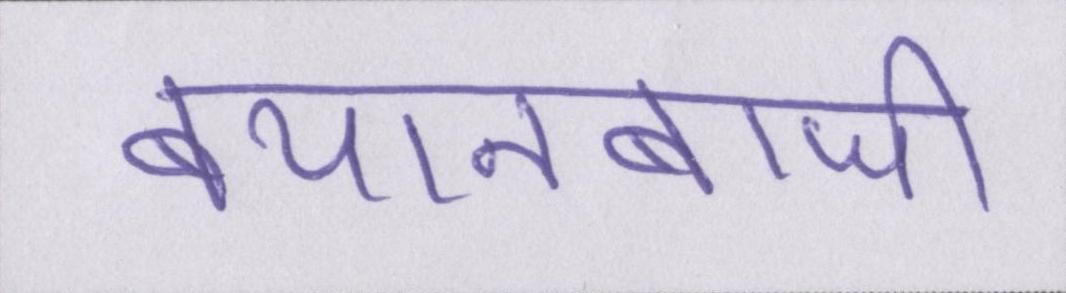
बयानबाजी